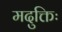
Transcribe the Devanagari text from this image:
मदुक्तिः